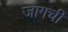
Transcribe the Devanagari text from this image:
जागची